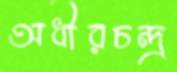
অধীরচন্দ্র